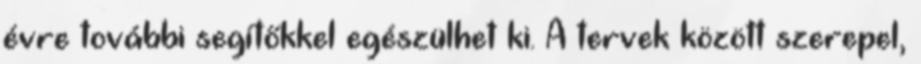
évre további segítőkkel egészülhet ki. A tervek között szerepel,